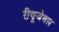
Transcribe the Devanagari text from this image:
रीयूजेबल